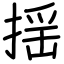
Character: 揺